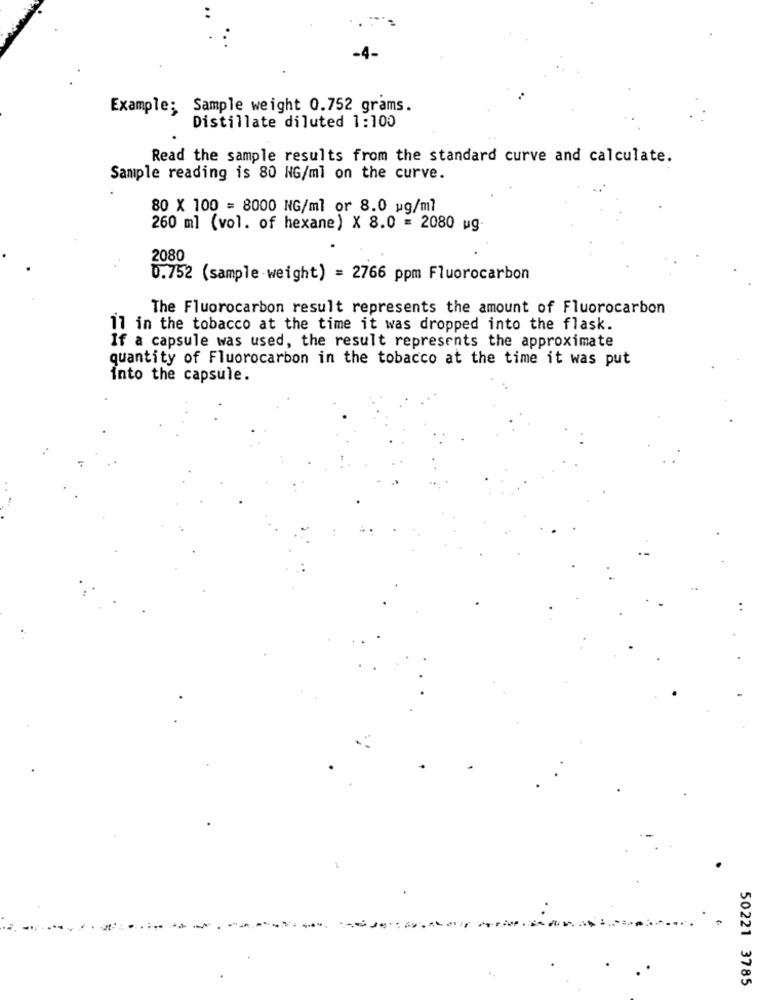
Example: Sample weight 0.752 grams.
Distillate diluted 1:100
Read the sample results from the standard curve and calculate.
Sample reading is 80 NG/ml on the curve.
80 X 100 = 8000 NG/ml or 8.0 wg/ml
260 ml (vol. of hexane) X 8.0 = 2080 ug.
2080
0.752 (sample weight) = 2766 ppm Fluorocarbon
The Fluorocarbon result represents the amount of Fluorocarbon
11 in the tobacco at the time it was dropped into the flask.
If a capsule was used, the result represents the approximate
quantity of Fluorocarbon in the tobacco at the time it was put
into the capsule.
.
50221 3785